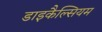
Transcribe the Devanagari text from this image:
डाइकैल्सियम